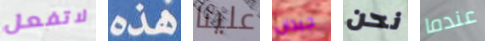
لاتفعل هذه علينا جيدان نحن عندما